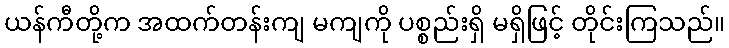
ယန်ကီတို့က အထက်တန်းကျ မကျကို ပစ္စည်းရှိ မရှိဖြင့် တိုင်းကြသည်။